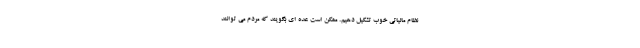
نظام مالیاتی خوب تشکیل دهیم. ممکن است عده ای بگویند که مردم می توانند